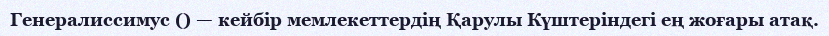
Генералиссимус () — кейбір мемлекеттердің Қарулы Күштеріндегі ең жоғары атақ.